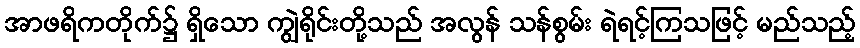
အာဖရိကတိုက်၌ ရှိသော ကျွဲရိုင်းတို့သည် အလွန် သန်စွမ်း ရဲရင့်ကြသဖြင့် မည်သည့်